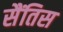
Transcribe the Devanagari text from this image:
सैंतिस